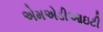
એમએડીઆઇટી